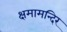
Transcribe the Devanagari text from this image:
क्षमामन्दिर